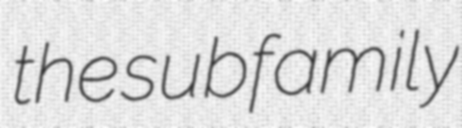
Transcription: the subfamily